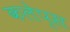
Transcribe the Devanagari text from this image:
कलेप्स